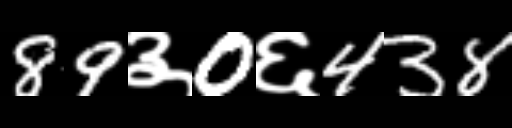
Text: 89३0६438